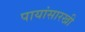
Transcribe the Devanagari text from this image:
पायांसारखी